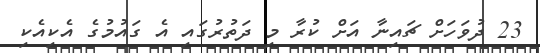
23 ދުވަހަށް ޗައިނާ އަށް ކުރާ މި ދަތުރުގައި އެ ގައުމުގެ އެކިއެކި